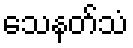
သေနတ်သံ